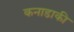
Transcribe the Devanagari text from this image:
कनाडाकी